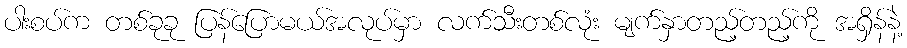
ပါးစပ်က တစ်ခုခု ပြန်ပြောမယ်အလုပ်မှာ လက်သီးတစ်လုံး မျက်နှာတည့်တည့်ကို အရှိန်နဲ့